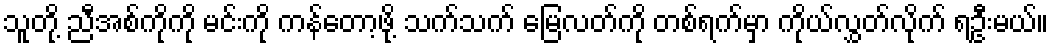
သူတို့ ညီအစ်ကိုကို မင်းကို ကန်တော့ဖို့ သက်သက် မြေလတ်ကို တစ်ရက်မှာ ကိုယ်လွှတ်လိုက် ရဦးမယ်။